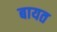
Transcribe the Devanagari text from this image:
बायत